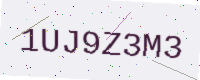
Text: 1UJ9Z3M3